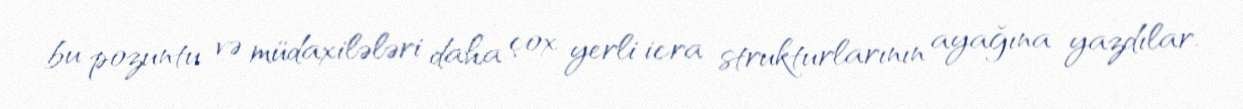
bu pozuntu və müdaxilələri daha çox yerli icra strukturlarının ayağına yazdılar.